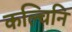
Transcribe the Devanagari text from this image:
कल्चिनि